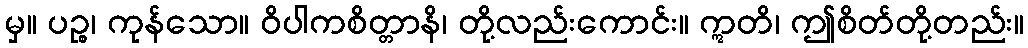
မှ။ ပဉ္စ၊ ကုန်သော။ ဝိပါကစိတ္တာနိ၊ တို့လည်းကောင်း။ ဣတိ၊ ဤစိတ်တို့တည်း။